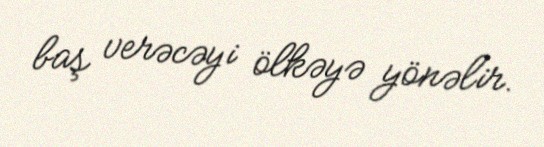
baş verəcəyi ölkəyə yönəlir.